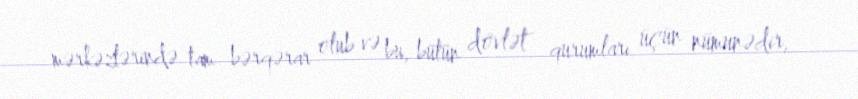
mərkəzlərində tam bərqərar olub və bu, bütün dövlət qurumları üçün nümunədir,